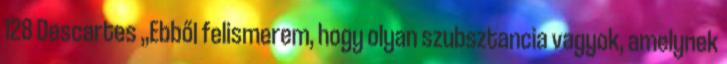
128 Descartes „Ebből felismerem, hogy olyan szubsztancia vagyok, amelynek